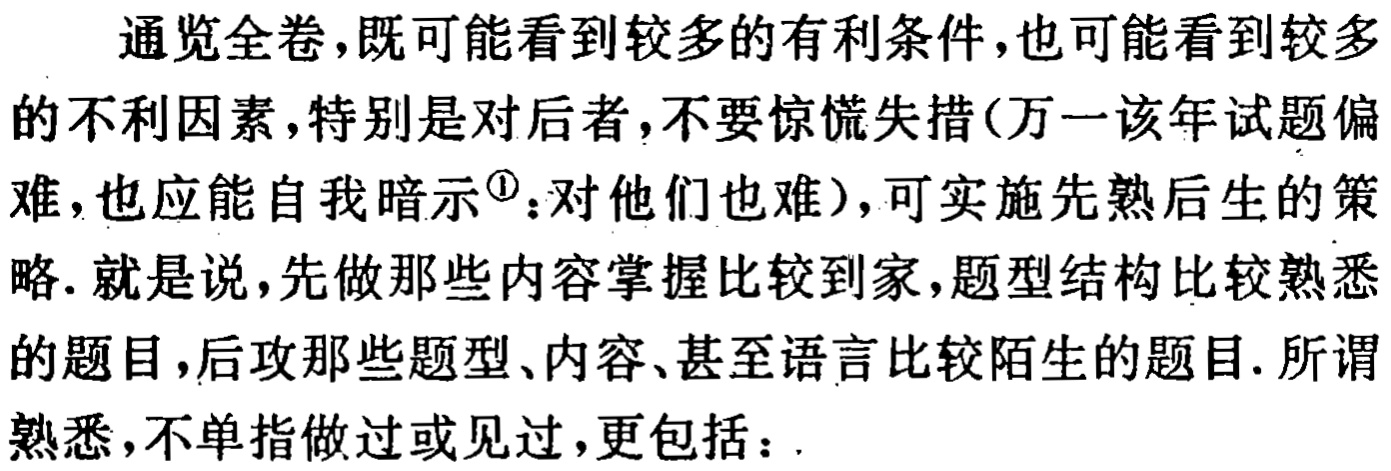
通览全卷,既可能看到较多的有利条件,也可能看到较多的不利因素,特别是对后者,不要惊慌失措(万一该年试题偏难,也应能自我暗示\textsuperscript{\textcircled{1}}:对他们也难),可实施先熟后生的策略. 就是说,先做那些内容掌握比较到家,题型结构比较熟悉的题目,后攻那些题型、内容、甚至语言比较陌生的题目. 所谓熟悉,不单指做过或见过,更包括：.